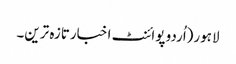
لاہور(اُردو پوائنٹ اخبارتازہ ترین۔